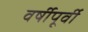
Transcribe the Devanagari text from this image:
वर्षीपूर्वी